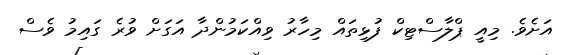
އަށެވެ. މިއީ ޕްލާސްޓިކް ފުޅިތައް މިހާރު ވިއްކަމުންދާ އަގަށް ވުރެ ގައިމު ވެސް